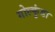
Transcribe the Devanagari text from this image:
गोल्कुंडा